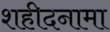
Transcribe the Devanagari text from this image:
शहीदनामा